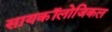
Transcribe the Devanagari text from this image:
सायकॉलोजिकल